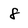
Character: 8